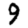
Digit: 9